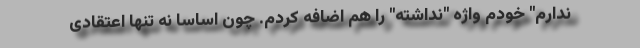
ندارم" خودم واژه "نداشته" را هم اضافه کردم. چون اساسا نه تنها اعتقادی